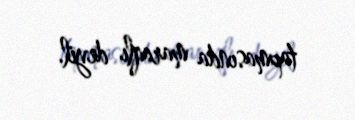
tapmasında maraqlı deyil.